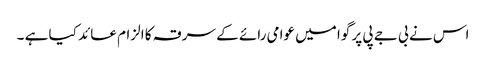
اس نے بی جے پی پر گوا میں عوامی رائے کے سرقہ کا الزام عائد کیا ہے ۔